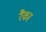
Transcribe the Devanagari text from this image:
रैका